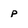
Character: P